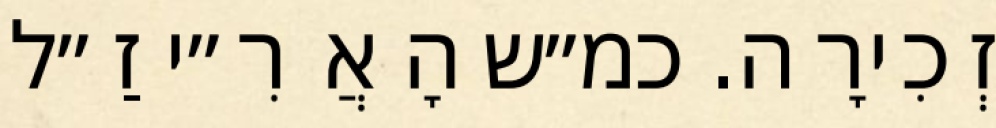
זְכִירָה. כמ״ש הָאֲרִ״י זַ״ל